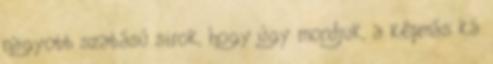
nagyobb szabású sirok, hogy úgy mondjuk, a képmás ká